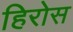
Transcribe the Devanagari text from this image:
हिरोस